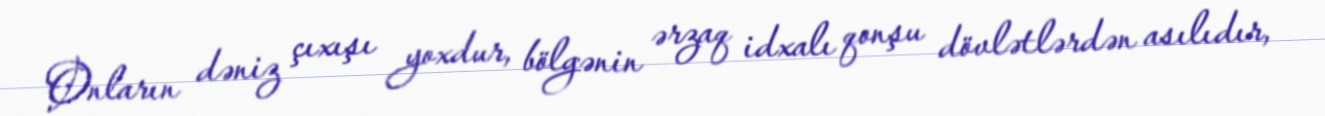
Onların dəniz çıxışı yoxdur, bölgənin ərzaq idxalı qonşu dövlətlərdən asılıdır,